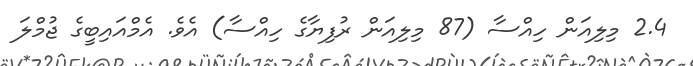
2.4 މިލިއަން ހިއްސާ (87 މިލިއަން ރުފިޔާގެ ހިއްސާ) އެވެ. އެމްއައިބީގެ ޖުމްލަ